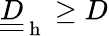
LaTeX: \underline{{\underline{{D}}}}_{\mathrm{~h~}}\geq D